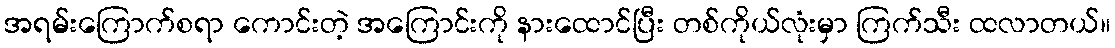
အရမ်းကြောက်စရာ ကောင်းတဲ့ အကြောင်းကို နားထောင်ပြီး တစ်ကိုယ်လုံးမှာ ကြက်သီး ထလာတယ်။